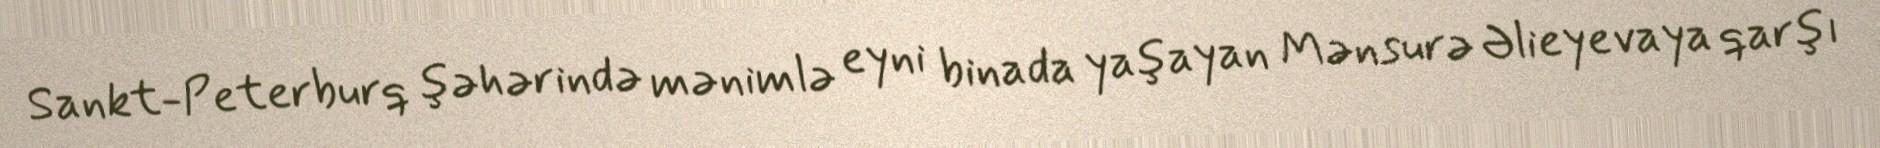
Sankt-Peterburq şəhərində mənimlə eyni binada yaşayan Mənsurə Əlieyevaya qarşı